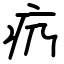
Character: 疓